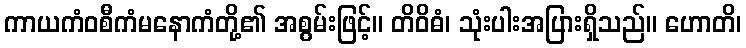
ကာယကံဝစီကံမနောကံတို့၏ အစွမ်းဖြင့်။ တိဝိဓံ၊ သုံးပါးအပြားရှိသည်။ ဟောတိ၊